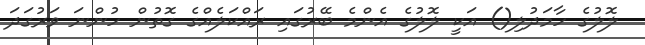
ލޮލުގެ ހާމަދުލި() އަކީ ލޮލުގެ އެންމެ ބޭރުގައި ރައްކަލެއްގެ ގޮތުން ހުންނަ ވަރުގަދަ